Mental hospitals Bombay report 1921-28 - 1921-1928
Year: 1921
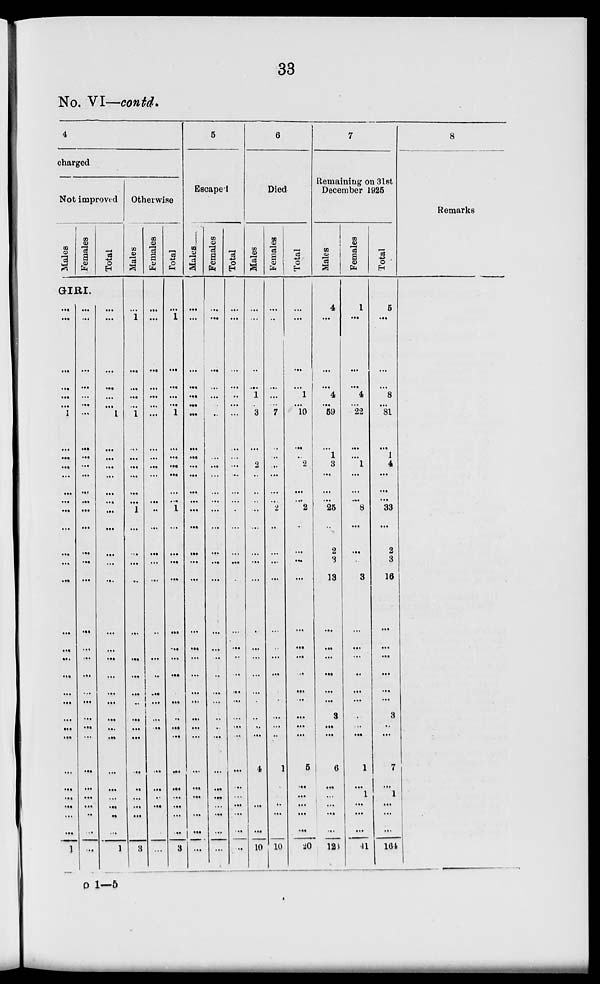
33
No. VI—contd.
4
charged
Not improved
Males
Females
Total
GIRI.
...
...
...
...
...
...
1
...
...
...
...
...
...
...
...
...
...
...
...
...
...
...
...
...
...
...
...
...
...
...
...
...
...
1
...
...
...
...
...
...
...
...
...
...
...
...
...
...
...
...
...
...
...
...
...
...
...
...
...
...
...
...
...
...
...
...
...
...
...
...
...
...
...
...
1
...
...
...
...
...
...
...
...
...
...
...
...
...
...
...
...
...
...
...
...
...
...
...
...
...
...
1
Otherwise
Males
...
1
...
...
...
...
1
...
...
...
...
...
...
1
...
...
...
...
...
...
...
...
...
...
...
...
...
...
...
...
...
...
...
3
Females
...
...
...
...
...
...
...
...
...
...
...
...
...
...
...
...
...
...
...
...
...
...
...
...
...
...
...
...
...
...
...
...
...
...
Total
...
1
...
...
...
...
1
...
...
...
...
...
...
1
...
...
...
...
...
...
...
...
...
...
...
...
...
...
...
...
...
...
...
3
5
Escaped
Males
...
...
...
...
...
...
...
...
...
...
...
...
...
...
...
...
...
...
...
...
...
...
...
...
...
...
...
...
...
...
...
...
...
...
Females
...
...
...
...
...
...
...
...
...
...
...
...
...
...
...
...
...
...
...
...
...
...
...
...
..
...
...
...
...
...
...
...
...
...
Total
...
...
...
...
..
...
...
...
...
...
...
...
...
...
...
...
...
...
...
...
...
...
...
...
...
...
...
...
...
...
...
...
...
...
6
Died
Males
...
...
...
...
1
...
3
...
...
2
...
...
...
...
...
...
...
...
...
...
...
...
...
...
...
...
...
4
...
...
...
...
...
10
Females
...
...
...
...
...
...
7
...
...
...
...
...
...
2
...
...
...
...
...
...
...
...
...
...
...
...
...
1
...
...
...
...
...
10
Total
...
...
...
...
1
...
10
...
...
2
...
...
...
2
...
...
...
...
...
...
...
...
...
...
...
...
...
5
...
...
...
...
...
20
7
Remaining on 31st
December 1925
Males
4
...
...
...
4
...
59
...
1
3
...
...
...
25
...
2
3
13
...
...
...
...
...
...
3
...
...
6
...
...
...
...
...
123
Females
1
...
...
...
4
...
22
...
...
1
...
...
...
8
...
...
...
3
...
...
...
...
...
...
...
...
...
1
...
1
...
...
...
41
Total
5
...
...
...
8
...
81
...
1
4
...
...
...
33
...
2
3
16
...
...
...
...
...
...
3
...
...
7
...
1
...
...
...
101
8
Remarks
o 1—5